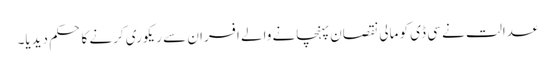
عدالت نے سی ڈی کو مالی نقصان پہنچانے والے افسران سے ریکوری کرنے کا حکم دیدیا۔